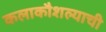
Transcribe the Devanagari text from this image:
कलाकौशल्याची